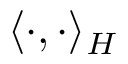
\langle \cdot , \cdot \rangle _ { H }